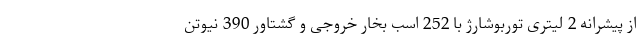
از پیشرانه 2 لیتری توربوشارژ با 252 اسب بخار خروجی و گشتاور 390 نیوتن